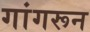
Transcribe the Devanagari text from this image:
गांगरून